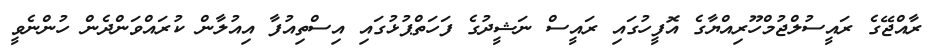
ރާއްޖޭގެ ރައީސުލްޖުމްހޫރިއްޔާގެ އޮފީހުގައި ރައީސް ނަޝީދުގެ ފަހަތްޕުޅުގައި އިސްތިއުފާ އިއުލާން ކުރައްވަންދެން ހުންނެވީ